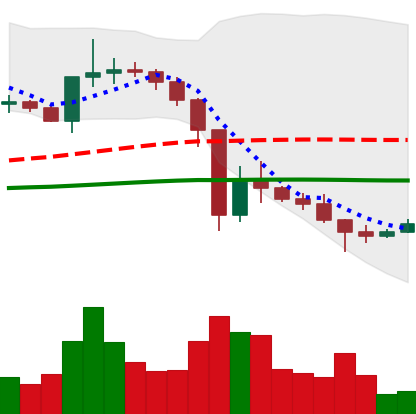
Ticker: XRP-USD
Chart end date: 2021-01-01
Forward return: 5.665%
Label: up_5_7